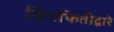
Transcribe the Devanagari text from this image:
चित्रफितीद्वारे